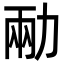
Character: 㔝